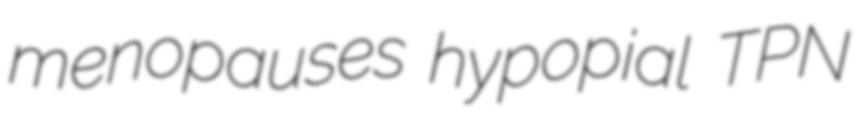
menopauses hypopial TPN